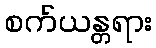
စက်ယန္တရား